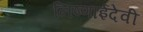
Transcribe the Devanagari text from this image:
निष्णाईदेवी